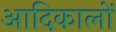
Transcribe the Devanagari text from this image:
आदिकालों